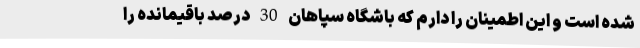
شده است و این اطمینان را دارم که باشگاه سپاهان 30 درصد باقیمانده را